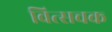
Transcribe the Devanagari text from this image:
वित्सचक